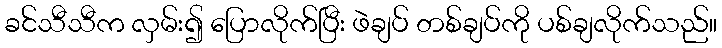
ခင်သီသီက လှမ်း၍ ပြောလိုက်ပြီး ဖဲချပ် တစ်ချပ်ကို ပစ်ချလိုက်သည်။